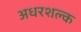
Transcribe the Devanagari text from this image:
अधरशल्क